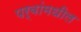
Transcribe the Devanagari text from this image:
पर्वांमधील